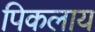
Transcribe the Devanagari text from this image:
पिकलाय